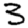
Digit: 3